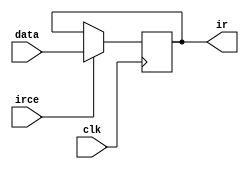
`timescale 1ns / 1ps

module ir_reg (clk, irce, data, ir);
    input clk, irce;
    input [15:0] data;
    output [15:0] ir;
    reg [15:0] ir;
    always @(negedge clk)
        if (irce) ir <= data[15:0];
endmodule